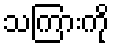
သကြားကို